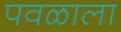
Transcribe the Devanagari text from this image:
पवळाला